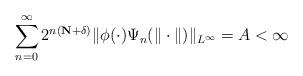
LaTeX: \begin{align*}\sum_{n=0}^\infty 2^{n(\mathbf N+\delta)} \| \phi(\cdot)\Psi_n(\|\cdot\|)\|_{L^\infty}=A<\infty\end{align*}